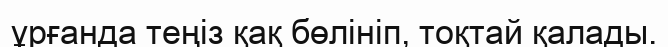
ұрғанда теңіз қақ бөлініп, тоқтай қалады.